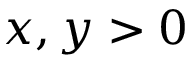
x , y > 0